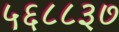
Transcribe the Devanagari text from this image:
५६८८३७